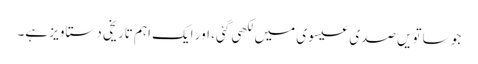
جو ساتویں صدی عیسوی میں لکھی گئی، اور ایک اہم تاریخی دستاویز ہے۔